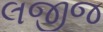
લજીજ